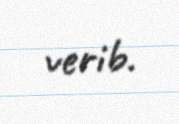
verib.